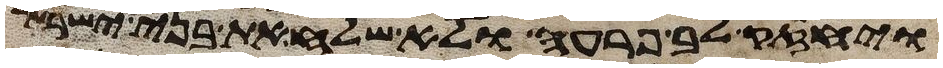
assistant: ויחזק לב פרעה ולא שלח את בני ישראל